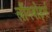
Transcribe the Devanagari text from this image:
लौंगबोर्ड्स